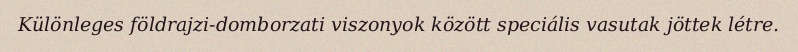
Különleges földrajzi-domborzati viszonyok között speciális vasutak jöttek létre.